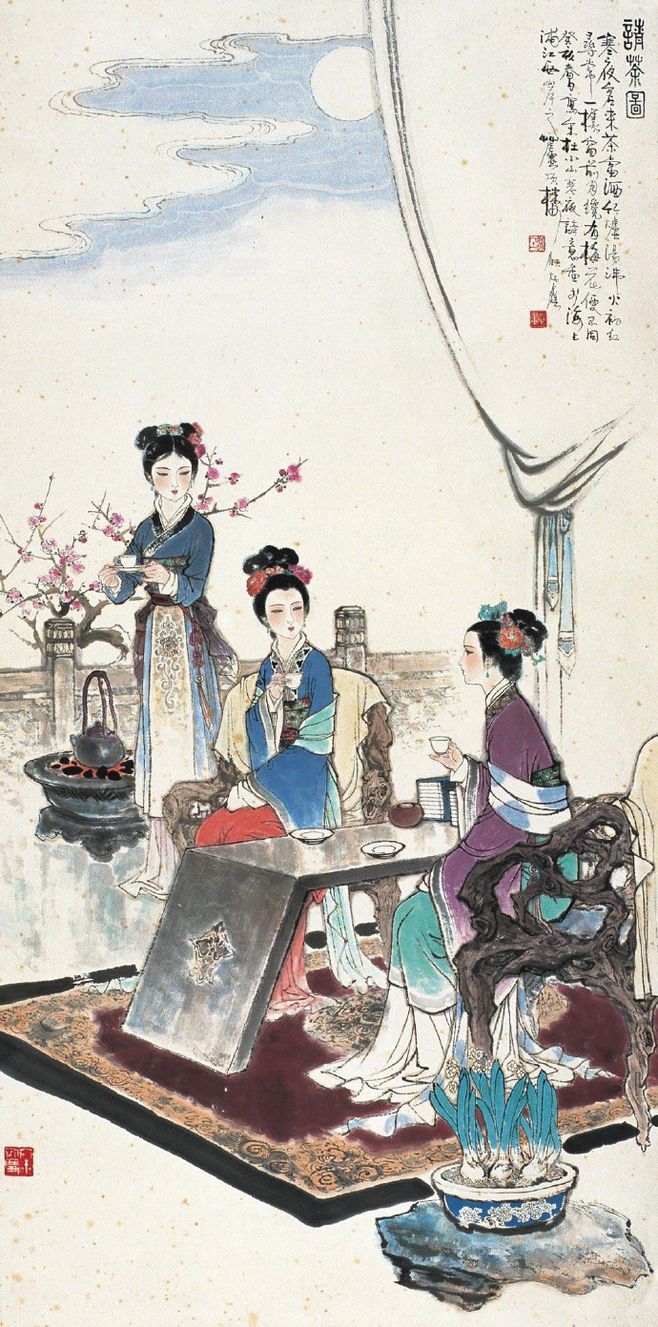
寒夜客来茶当酒，竹炉汤沸火初红。